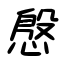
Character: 慇